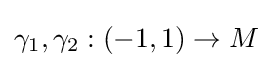
\gamma _{1},\gamma _{2}:(-1,1)\to M